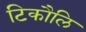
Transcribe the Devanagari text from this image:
टिकौलि